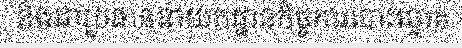
និងជាប្រធាននាយកដ្ឋានកិច្ចការបោះឆ្នោត